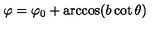
\varphi = \varphi _ { 0 } + \arccos ( b \cot \theta )